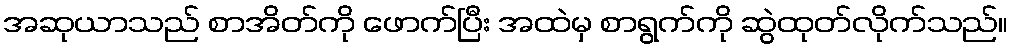
အဆုယာသည် စာအိတ်ကို ဖောက်ပြီး အထဲမှ စာရွက်ကို ဆွဲထုတ်လိုက်သည်။